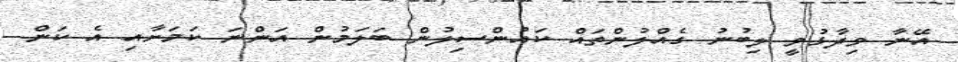
އޭނާ ވިދާޅުވީ ލިބުނު ގެއްލުންތައް ކައުންސިލުން ބަލަމުން އަންނަ ކަމަށާއި އެ ކަން